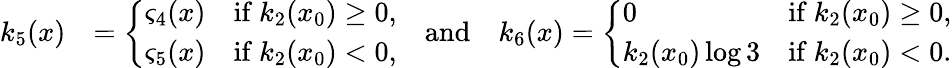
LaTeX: \begin{array}{rl}{k_{5}(x)}&{=\left\{ \begin{array}{ll}{\varsigma_{4}(x)}&{\mathrm{if~}k_{2}(x_{0})\geq 0,}\\ {\varsigma_{5}(x)}&{\mathrm{if~}k_{2}(x_{0})<0,}\end{array}\right.\quad\mathrm{and}\quad k_{6}(x)=\left\{ \begin{array}{ll}{0}&{\mathrm{if~}k_{2}(x_{0})\geq 0,}\\ {k_{2}(x_{0})\log{3}}&{\mathrm{if~}k_{2}(x_{0})<0.}\end{array}\right.}\end{array}